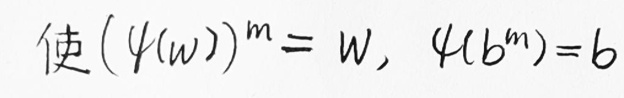
使 $(\psi(w))^m = w, \psi(b^m)=b$